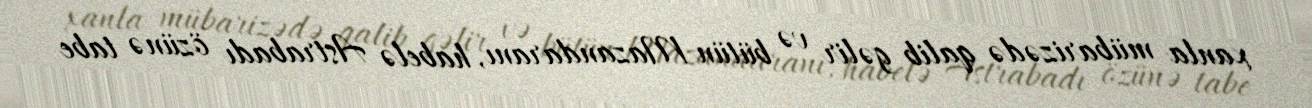
xanla mübarizədə qalib gəlir və bütün Mazandaranı, habelə Astrabadı özünə tabe